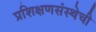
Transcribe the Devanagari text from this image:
प्रशिक्षणसंस्थेची